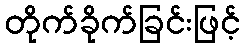
တိုက်ခိုက်ခြင်းဖြင့်